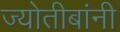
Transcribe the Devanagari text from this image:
ज्योतीबांनी